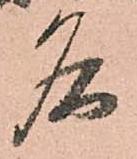
名